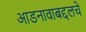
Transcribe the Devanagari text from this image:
आडनावाबद्दलचे